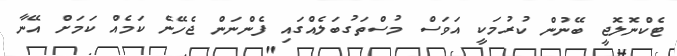
ޓެކްނޮލޮޖީ ބޭނުން ކުރުމަކީ އަވަސް މުސްތަގުބަލެއްގައި ފެންނަން ޖެހޭނެ ކަމެއް ކަމަށް އޭނާ